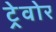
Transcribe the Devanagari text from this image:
ट्रेवोर